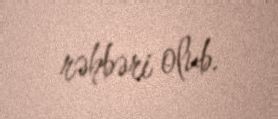
rəhbəri olub.